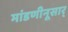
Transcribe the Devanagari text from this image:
मांडणीनूसार्